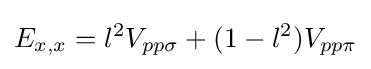
E_{x,x}=l^{2}V_{pp\sigma }+(1-l^{2})V_{pp\pi }